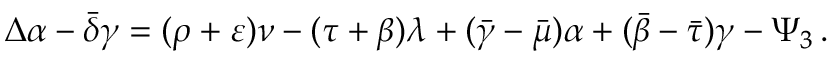
\Delta \alpha - { \bar { \delta } } \gamma = ( \rho + \varepsilon ) \nu - ( \tau + \beta ) \lambda + ( { \bar { \gamma } } - { \bar { \mu } } ) \alpha + ( { \bar { \beta } } - { \bar { \tau } } ) \gamma - \Psi _ { 3 } \, .